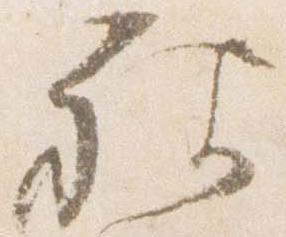
被